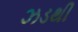
ઝડથી